Rangoon Lunatic Asylum 1898-1906 - 1898-1906
Year: 1898
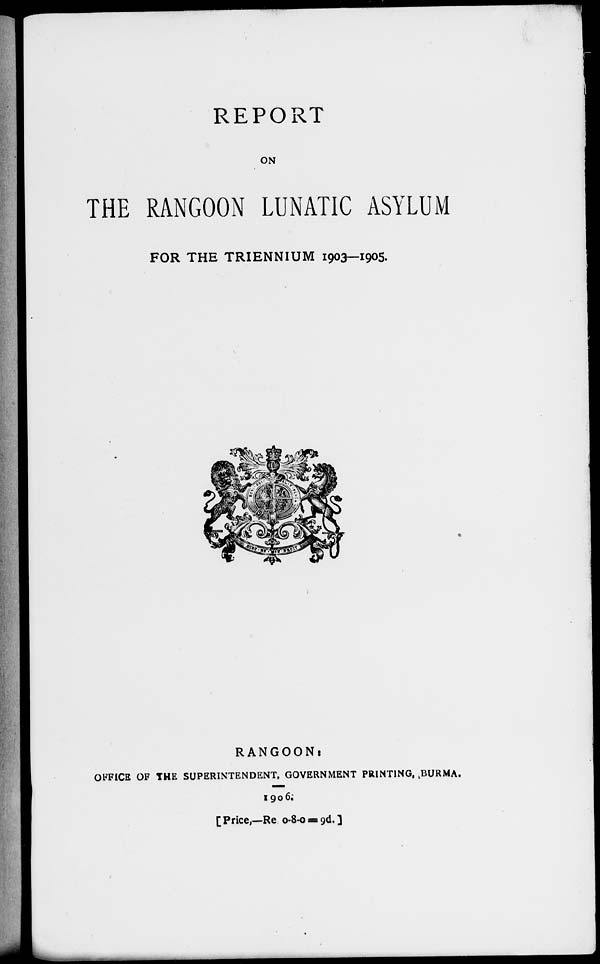
REPORT
ON
THE RANGOON LUNATIC ASYLUM
FOR THE TRIENNIUM 1903—1905.
RANGOON:
OFFICE OF THE SUPERINTENDENT, GOVERNMENT PRINTING, BURMA.
1906.
[Price,—Re 0-8-0 = 9d.]